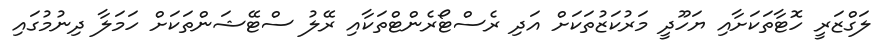
ލަގްޒަރީ ހޮޓާތަކަށާއި ޔަހޫދީ މަރުކަޒުތަކަށް އަދި ރެސްޓޯރެންޓްތަކާއި ރޭލު ސްޓޭޝަންތަކަށް ހަމަލާ ދިނުމުގައި